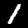
Digit: 1